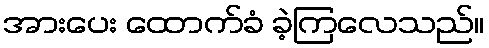
အားပေး ထောက်ခံ ခဲ့ကြလေသည်။